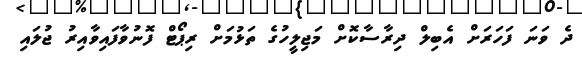
ދެ ވަނަ ފަހަރަށް އެބިލް ދިރާސާކޮށް މަޖިލީހުގެ ތަޅުމަށް ރިޕޯޓް ފޮނުވާފައިވާއިރު ޖުލައި